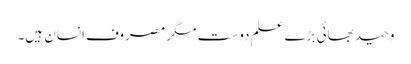
وحید بھائی بڑے علم دوست مگر مصروف انسان ہیں۔